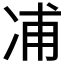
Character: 𠗒